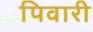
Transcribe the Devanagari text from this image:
पिवारी